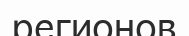
регионов